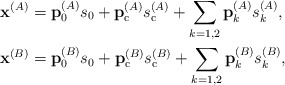
\begin{align*} \mathbf{x}^{(A)}&= \mathbf{p}_{\mathrm{0}}^{(A)} s_{\mathrm{0}}+\mathbf{p}_{\mathrm{c}}^{(A)} s_{\mathrm{c}}^{(A)} + \sum_{k=1,2} \mathbf{p}_k^{(A)} s_{k}^{(A)},\\ \mathbf{x}^{(B)}&= \mathbf{p}_{\mathrm{0}}^{(B)} s_{\mathrm{0}}+\mathbf{p}_{\mathrm{c}}^{(B)} s_{\mathrm{c}}^{(B)} + \sum_{k=1,2} \mathbf{p}_k^{(B)} s_{k}^{(B)},\end{align*}